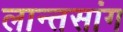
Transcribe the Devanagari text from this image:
लान्तसांग